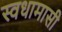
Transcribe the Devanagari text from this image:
स्वधामासी